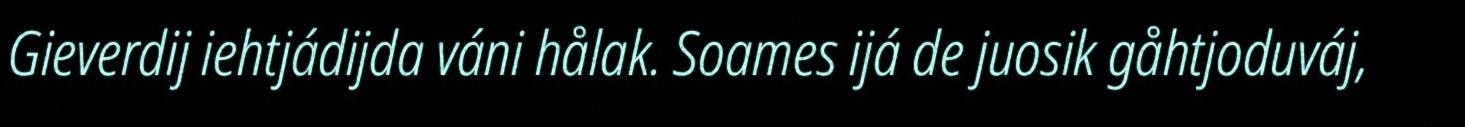
Gieverdij iehtjádijda váni hålak. Soames ijá de juosik gåhtjoduváj,